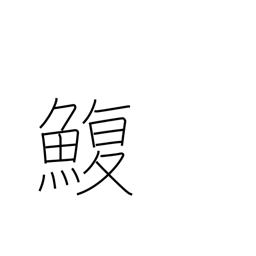
Meaning: puffer fish